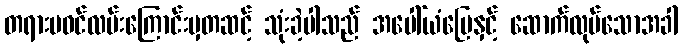
တရားမဝင်လမ်းကြောင်းမှတဆင့် သုံးခဲ့ပါသည် အပေါ်ယံမြေနှင့် ဆောက်လုပ်သောအခါ